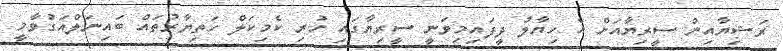
ރަޝިޔާއިން ސީރިޔާއަށް އެ ހިޔާލު ދީފައިމިވަނީ ސީރިޔާގައި ހުރި ކެމިކަލް ހަތިޔާރުތައް ބައިނަލްއަގުވާމީ